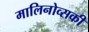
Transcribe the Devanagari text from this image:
मालिनोव्सकी